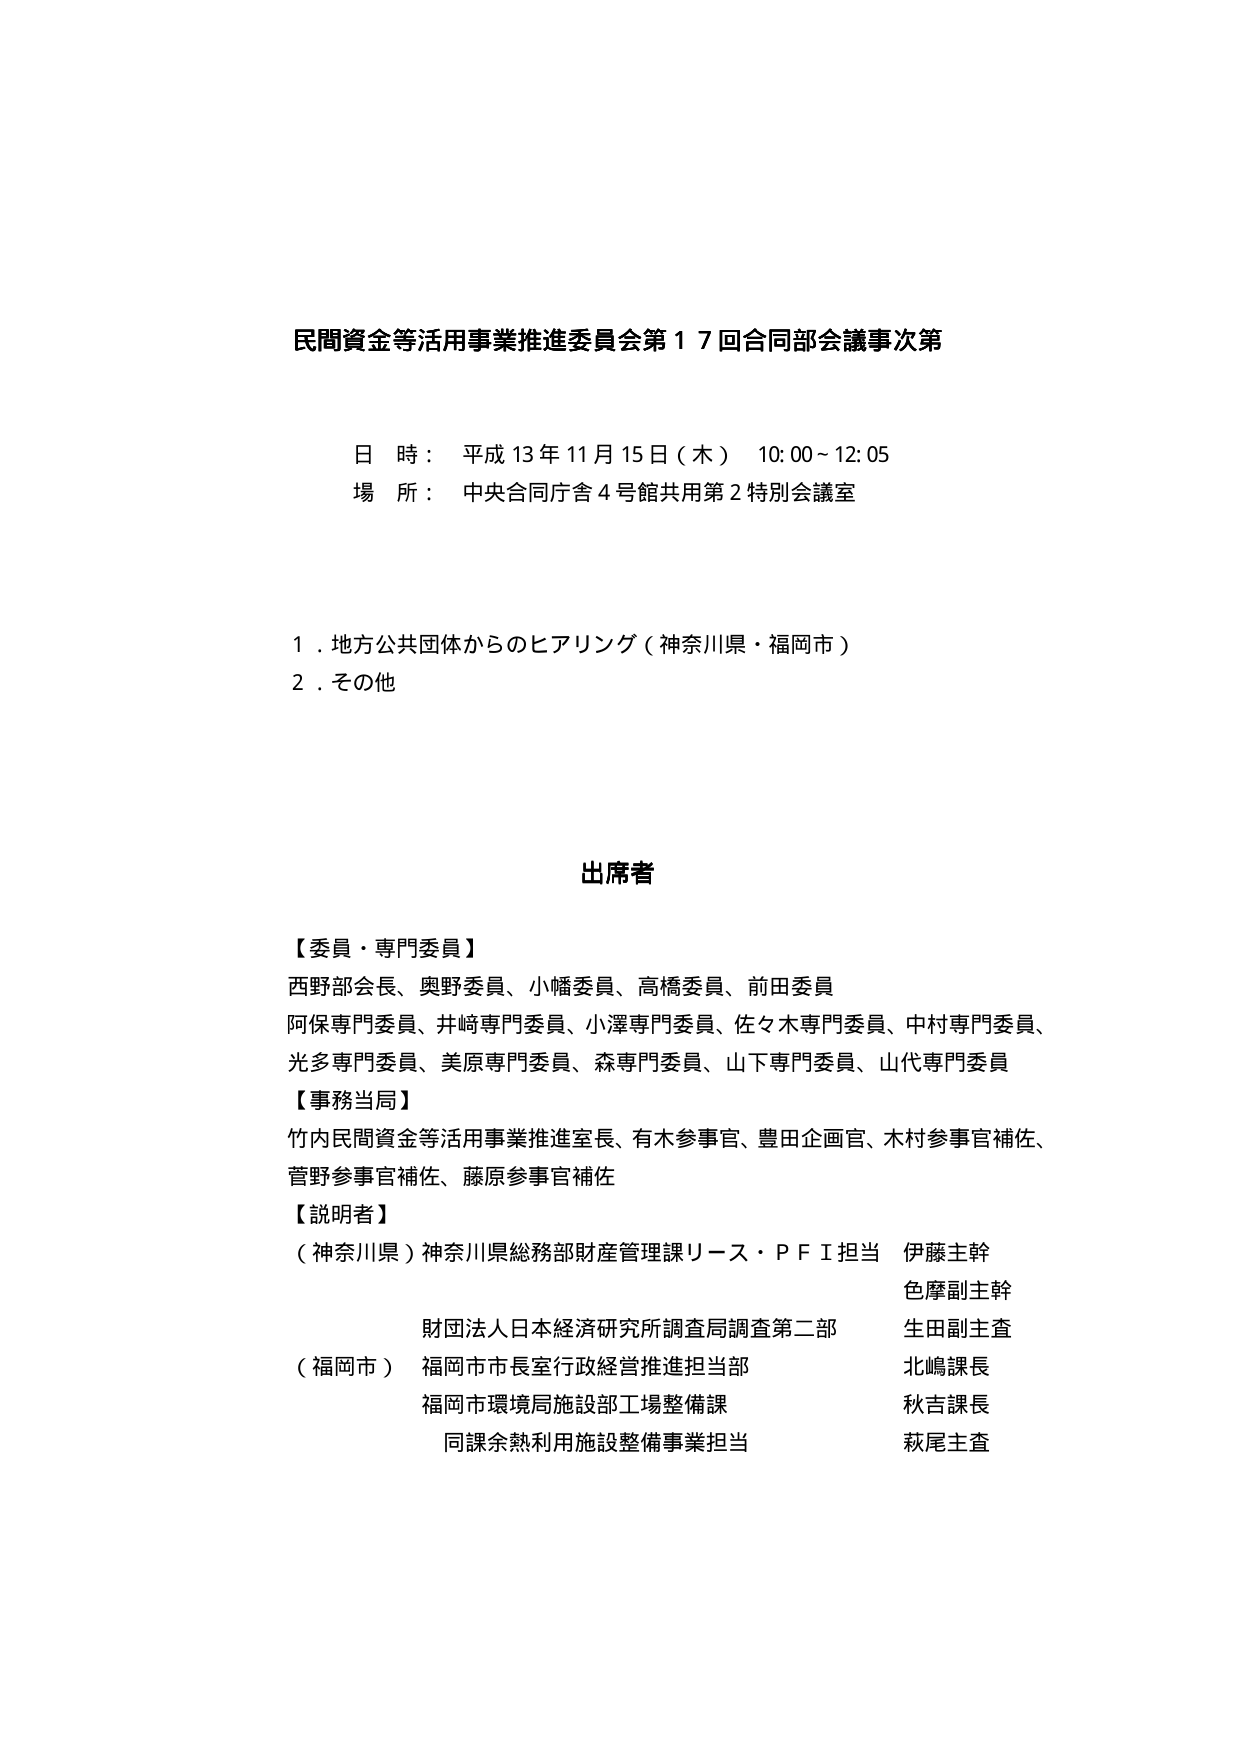
民間資金等活用事業推進委員会第１７回合同部会議事次第

日 時： 平成 13年 11月 15日（木） 10:00～12:05
場 所： 中央合同庁舎４号館共用第２特別会議室

１．地方公共団体からのヒアリング（神奈川県・福岡市）
２．その他

出席者

【委員・専門委員】
西野部会長、奥野委員、小幡委員、高橋委員、前田委員
阿保専門委員、井﨑専門委員、小澤専門委員、佐々木専門委員、中村専門委員、
光多専門委員、美原専門委員、森専門委員、山下専門委員、山代専門委員

【事務当局】
竹内民間資金等活用事業推進室長、有木参事官、豊田企画官、木村参事官補佐、
菅野参事官補佐、藤原参事官補佐

【説明者】
（神奈川県）神奈川県総務部財産管理課リース・ＰＦＩ担当 伊藤主幹
　　　　　　　　　　　　　　　　　　　　　　　　　　　　色摩副主幹
　　　　　　　財団法人日本経済研究所調査局調査第二部 生田副主査
（福岡市） 福岡市市長室行政経営推進担当部 北嶋課長
　　　　　福岡市環境局施設部工場整備課 秋吉課長
　　　　　同課余熱利用施設整備事業担当 萩尾主査